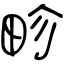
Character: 畛